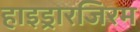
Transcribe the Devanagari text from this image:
हाइड्रारजिरम